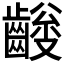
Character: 𪙅